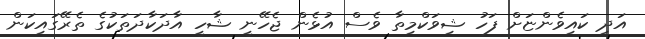
އަދި ކައިވެންޏަށް ފަހު ޝިވަކްމިތާ ވެސް އުޅެން ޖެހޭނީ ޝާހީ އާދަކާދަތަކުގެ ތެރޭގައިކަން